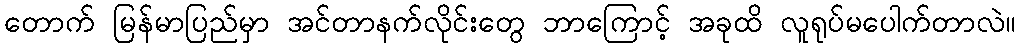
တောက် မြန်မာပြည်မှာ အင်တာနက်လိုင်းတွေ ဘာကြောင့် အခုထိ လူရုပ်မပေါက်တာလဲ။